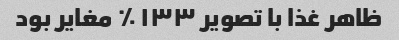
ظاهر غذا با تصویر ۱۳۳ ٪ مغایر بود